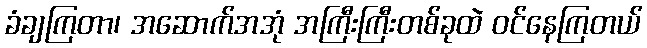
ခံချကြတာ၊ အဆောက်အအုံ အကြီးကြီးတစ်ခုထဲ ဝင်နေကြတယ်